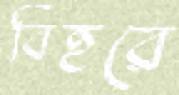
বিহরে